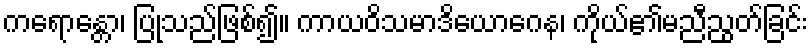
ကရောန္တော၊ ပြုသည်ဖြစ်၍။ ကာယဝိသမာဒိယောဂေန၊ ကိုယ်၏မညီညွတ်ခြင်း